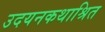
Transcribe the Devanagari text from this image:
उदयनकथाश्रित